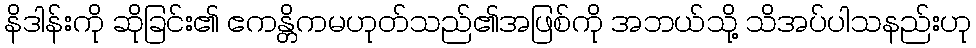
နိဒါန်းကို ဆိုခြင်း၏ ဧကန္တိကမဟုတ်သည်၏အဖြစ်ကို အဘယ်သို့ သိအပ်ပါသနည်းဟု